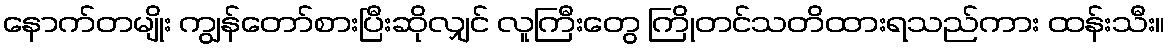
နောက်တမျိုး ကျွန်တော်စားပြီးဆိုလျှင် လူကြီးတွေ ကြိုတင်သတိထားရသည်ကား ထန်းသီး။